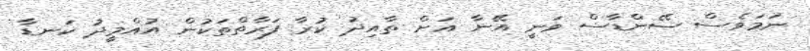
ނަމަވެސް ސޭންޑާސް ވަނީ އޭނާ އަށް ތާއިދު ކުރާ ފަރާތްތަކުން އުއްމީދު ކަނޑާ